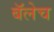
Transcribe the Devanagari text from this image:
बॅलेच